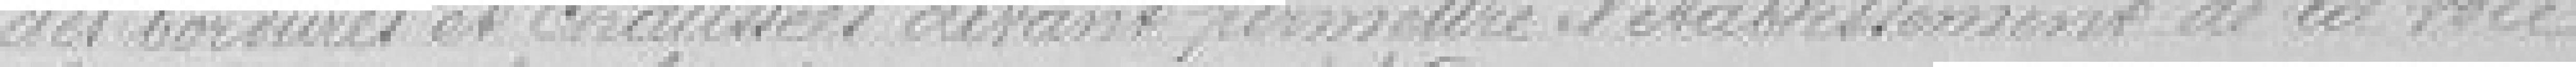
des bordures et chaussées devant permettre l'établissement de la voie